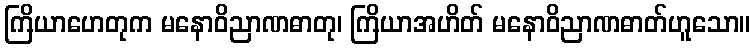
ကြိယာဟေတုက မနောဝိညာဏဓာတု၊ ကြိယာအဟိတ် မနောဝိညာဏဓာတ်ဟူသော။